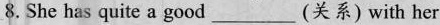
8. She has quite a good_(关系) with her